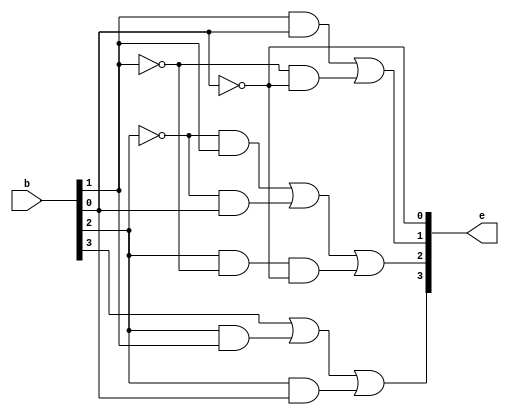
module bcd_to_excess3 (
    input [3:0] b, output [3:0] e
);
    assign e[0] = ~b[0];
    assign e[1] = (b[1] & b[0]) | ((~b[1]) & (~b[0]));
    assign e[2] = ((~b[2]) & b[1]) | ((~b[2]) & b[0]) | (b[2] & (~b[1]) & (~b[0]));
    assign e[3] = b[3] | (b[2] & b[1]) | (b[2] & b[0]);
    endmodule